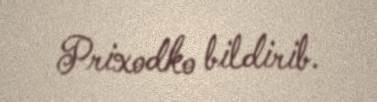
Prixodko bildirib.